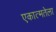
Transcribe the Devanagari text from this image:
एकात्मतेला